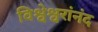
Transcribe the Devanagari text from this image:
विश्वेश्वरांनंद